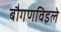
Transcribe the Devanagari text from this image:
बौगणविइले